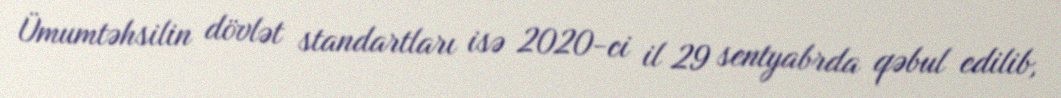
Ümumtəhsilin dövlət standartları isə 2020-ci il 29 sentyabrda qəbul edilib,